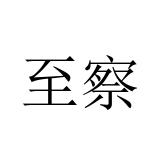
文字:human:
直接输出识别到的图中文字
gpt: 至察